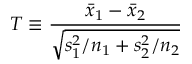
T \equiv { \frac { { \bar { x } } _ { 1 } - { \bar { x } } _ { 2 } } { \sqrt { s _ { 1 } ^ { 2 } / n _ { 1 } + s _ { 2 } ^ { 2 } / n _ { 2 } } } }